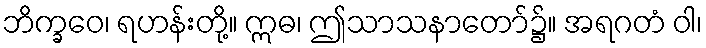
ဘိက္ခဝေ၊ ရဟန်းတို့။ ဣဓ၊ ဤသာသနာတော်၌။ အရဂတံ ဝါ၊